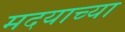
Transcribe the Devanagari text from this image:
मदयाच्या